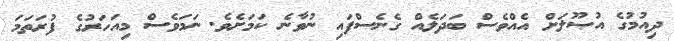
ދިއުމުގެ އުޞޫލަށް އެއްވެސް ބަދަލެއް ގެނެސްފައި ނުވާނެ ކަމަށެވެ. ނަމަވެސް މިއަހަރުގެ ފުރަތަމަ